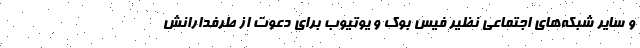
و سایر شبکه‌های اجتماعی نظیر فیس بوک و یوتیوب برای دعوت از طرفدارانش